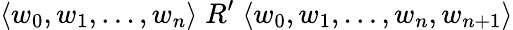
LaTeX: \langle w_{0},w_{1},\dots,w_{n}\rangle\; R^{\prime}\; \langle w_{0},w_{1},\dots,w_{n},w_{n+1}\rangle